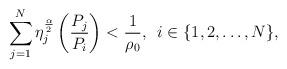
LaTeX: \begin{align*}\sum_{j=1}^{N}\eta_j^{\frac{\alpha}{2}}\left(\frac{P_j}{P_i}\right)< \frac{1}{\rho_0},\,\ i\in\{1, 2, \ldots, N\},\end{align*}